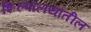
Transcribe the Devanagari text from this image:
शिल्पालयातील